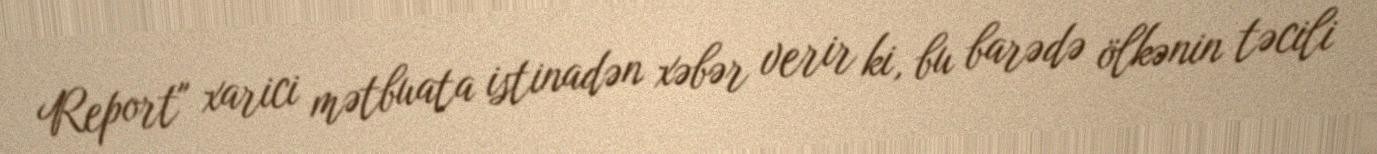
Report" xarici mətbuata istinadən xəbər verir ki, bu barədə ölkənin təcili